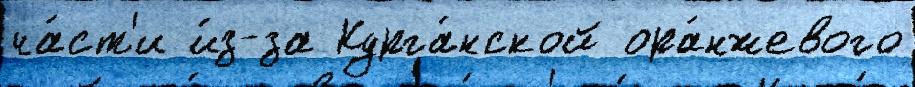
ча́ст'и и́з-за Курга́нской ора́нжевого